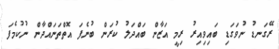
ރޭގަނޑު ނުވަގަޑި ބައިވިއިރު ރިމީ އަޒާން ބައްދަލު ކުރަން ބުނެފަ އޮތްތަނައްދާން ނުކުމެފަ